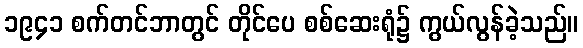
၁၉၄၁ စက်တင်ဘာတွင် တိုင်ပေ စစ်ဆေးရုံ၌ ကွယ်လွန်ခဲ့သည်။